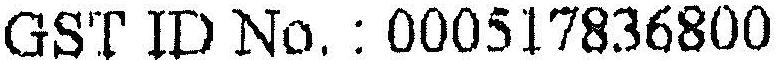
GST ID NO. : 000517836800